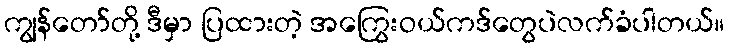
ကျွန်တော်တို့ ဒီမှာ ပြထားတဲ့ အကြွေးဝယ်ကဒ်တွေပဲလက်ခံပါတယ်။